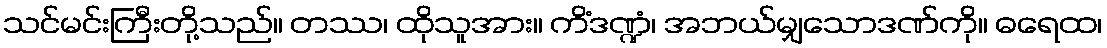
သင်မင်းကြီးတို့သည်။ တဿ၊ ထိုသူအား။ ကိံဒဏ္ဍံ၊ အဘယ်မျှသောဒဏ်ကို။ ဓရေထ၊